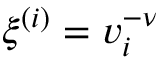
\xi ^ { ( i ) } = v _ { i } ^ { - \nu }